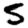
Digit: 5